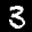
Label: 3